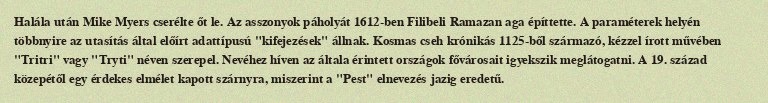
Halála után Mike Myers cserélte őt le. Az asszonyok páholyát 1612-ben Filibeli Ramazan aga építtette. A paraméterek helyén többnyire az utasítás által előírt adattípusú "kifejezések" állnak. Kosmas cseh krónikás 1125-ből származó, kézzel írott művében "Tritri" vagy "Tryti" néven szerepel. Nevéhez híven az általa érintett országok fővárosait igyekszik meglátogatni. A 19. század közepétől egy érdekes elmélet kapott szárnyra, miszerint a "Pest" elnevezés jazig eredetű.